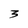
Character: 3